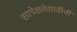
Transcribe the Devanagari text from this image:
सापेक्षतेसाठीची